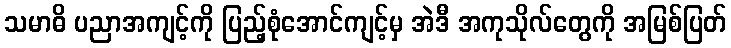
သမာဓိ ပညာအကျင့်ကို ပြည့်စုံအောင်ကျင့်မှ အဲဒီ အကုသိုလ်တွေကို အမြစ်ပြတ်